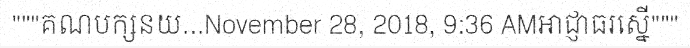
"""គណបក្សនយ...November 28, 2018, 9:36 AMអាជ្ញាធរស្នើ"""